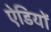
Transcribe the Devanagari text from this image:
ऐडियों